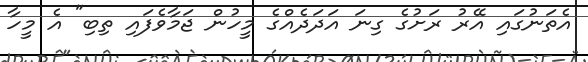
އެތަނުގައި އޭރު ރަށުގެ ގިނަ އަދަދެއްގެ މީހުން ޖަމާވެފައި ތިބި" އެ މީހާ